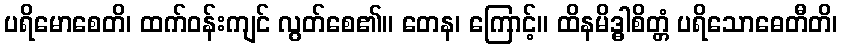
ပရိမောစေတိ၊ ထက်ဝန်းကျင် လွတ်စေ၏။ တေန၊ ကြောင့်။ ထိနမိဒ္ဓါစိတ္တံ ပရိသောဓေတီတိ၊